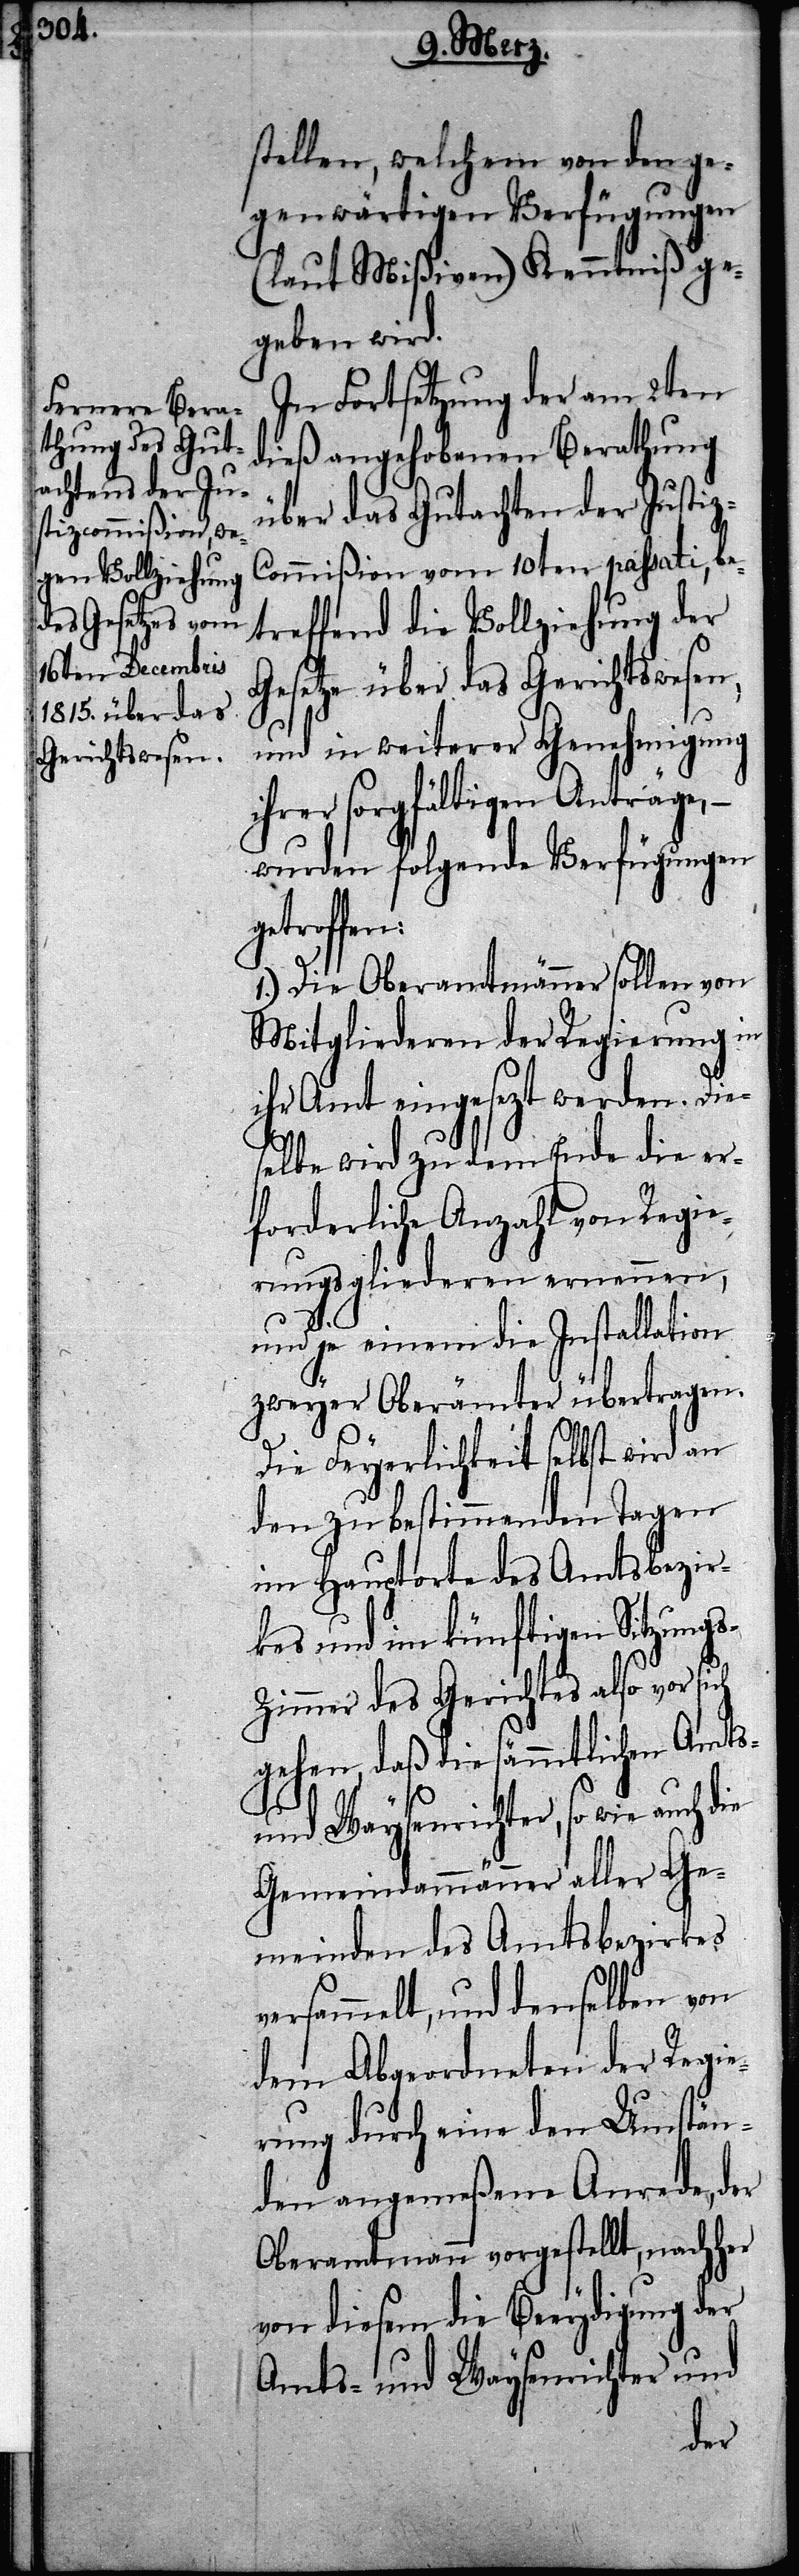
stellen, welchem von den ge¬
genwärtigen Verfügungen
(laut Mißiven) Kenntniß ge¬
geben wird.
In Fortsetzung der am 2ten
dieß angehobenen Berathung
über das Gutachten der Justi¬
z-Commißion vom 10ten passati, be¬
treffend die Vollziehung der
Gesetze über das Gerichtswesen,
und in weiterer Genehmigung
ihrer sorgfältigen Anträge, –
wurden folgende Verfügungen g¬
etroffen:
1.) Die Oberamtmänner sollen von
Mitgliederen der Regierung in
ihr Amt eingesezt werden. Die¬
selbe wird zu dem Ende die er¬
forderliche Anzahl von Regie¬
rungsgliederen ernennen,
und je einem die Installation
zweyer Oberämter übertragen.
Die Feyerlichkeit selbst wird an
den zu bestimmenden Tagen
im Hauptorte des Amtsbezir¬
kes und im künftigen Sitzungs-Z¬
immer des Gerichtes also vor
gehen, daß die sämmtlichen Amts-
und Waysenrichter, so wie
Gemeindammänner aller Ge¬
meinden des Amtsbezirkes
versammelt, und denselben von
dem Abgeordneten der Regie¬
rung durch eine den Umstän¬
den angemeßene Anrede, der
Oberamtmann vorgestellt, nachher
von diesem die Beeydigung der
Amts- und Waysenrichter und